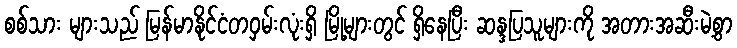
စစ်သား များသည် မြန်မာနိုင်ငံတဝှမ်းလုံးရှိ မြို့များတွင် ရှိနေပြီး ဆန္ဒပြသူများကို အတားအဆီးမဲ့စွာ